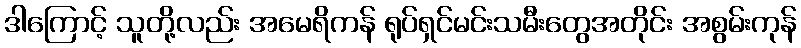
ဒါကြောင့် သူတို့လည်း အမေရိကန် ရုပ်ရှင်မင်းသမီးတွေအတိုင်း အစွမ်းကုန်